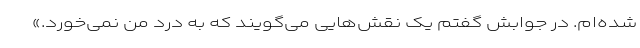
شده‌ام. در جوابش گفتم یک نقش‌هایی می‌گویند که به درد من نمی‌خورد.»